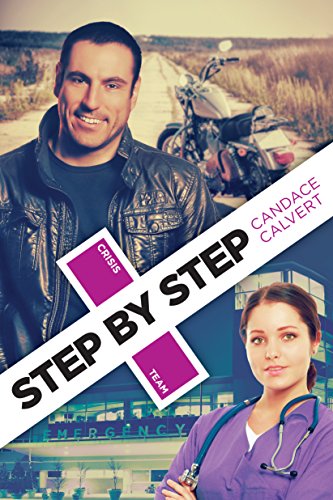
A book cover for Step by Step (Crisis Team); Candace Calvert; Romance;